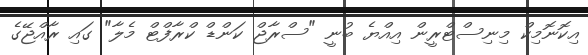
އިކޮނޮމިކް މިނިސްޓްރީން އިއްޔެ ބުނީ "ސްރާޖް ކަންޑް ކްރާފްޓް މެލާ" ގައި ރާއްޖޭގެ